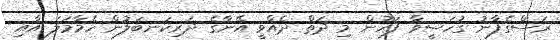
ރަސްގެފާނު ގުހަސީވާ ފަހުން މި ދަތް ދެއްވީ އޭނާގެ ދަރިކަނބަލުން ހެމާމަލަ އާއި